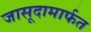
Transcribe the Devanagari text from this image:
जासूदामार्फत